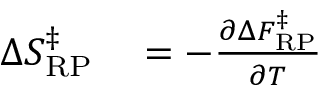
\begin{array} { r l } { \Delta S _ { \mathrm { R P } } ^ { \ddagger } } & { { } = - \frac { \partial \Delta F _ { \mathrm { R P } } ^ { \ddagger } } { \partial T } } \end{array}